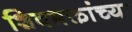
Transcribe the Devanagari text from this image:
शिवभक्तांच्या